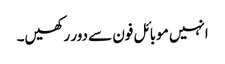
انہیں موبائل فون سے دور رکھیں۔